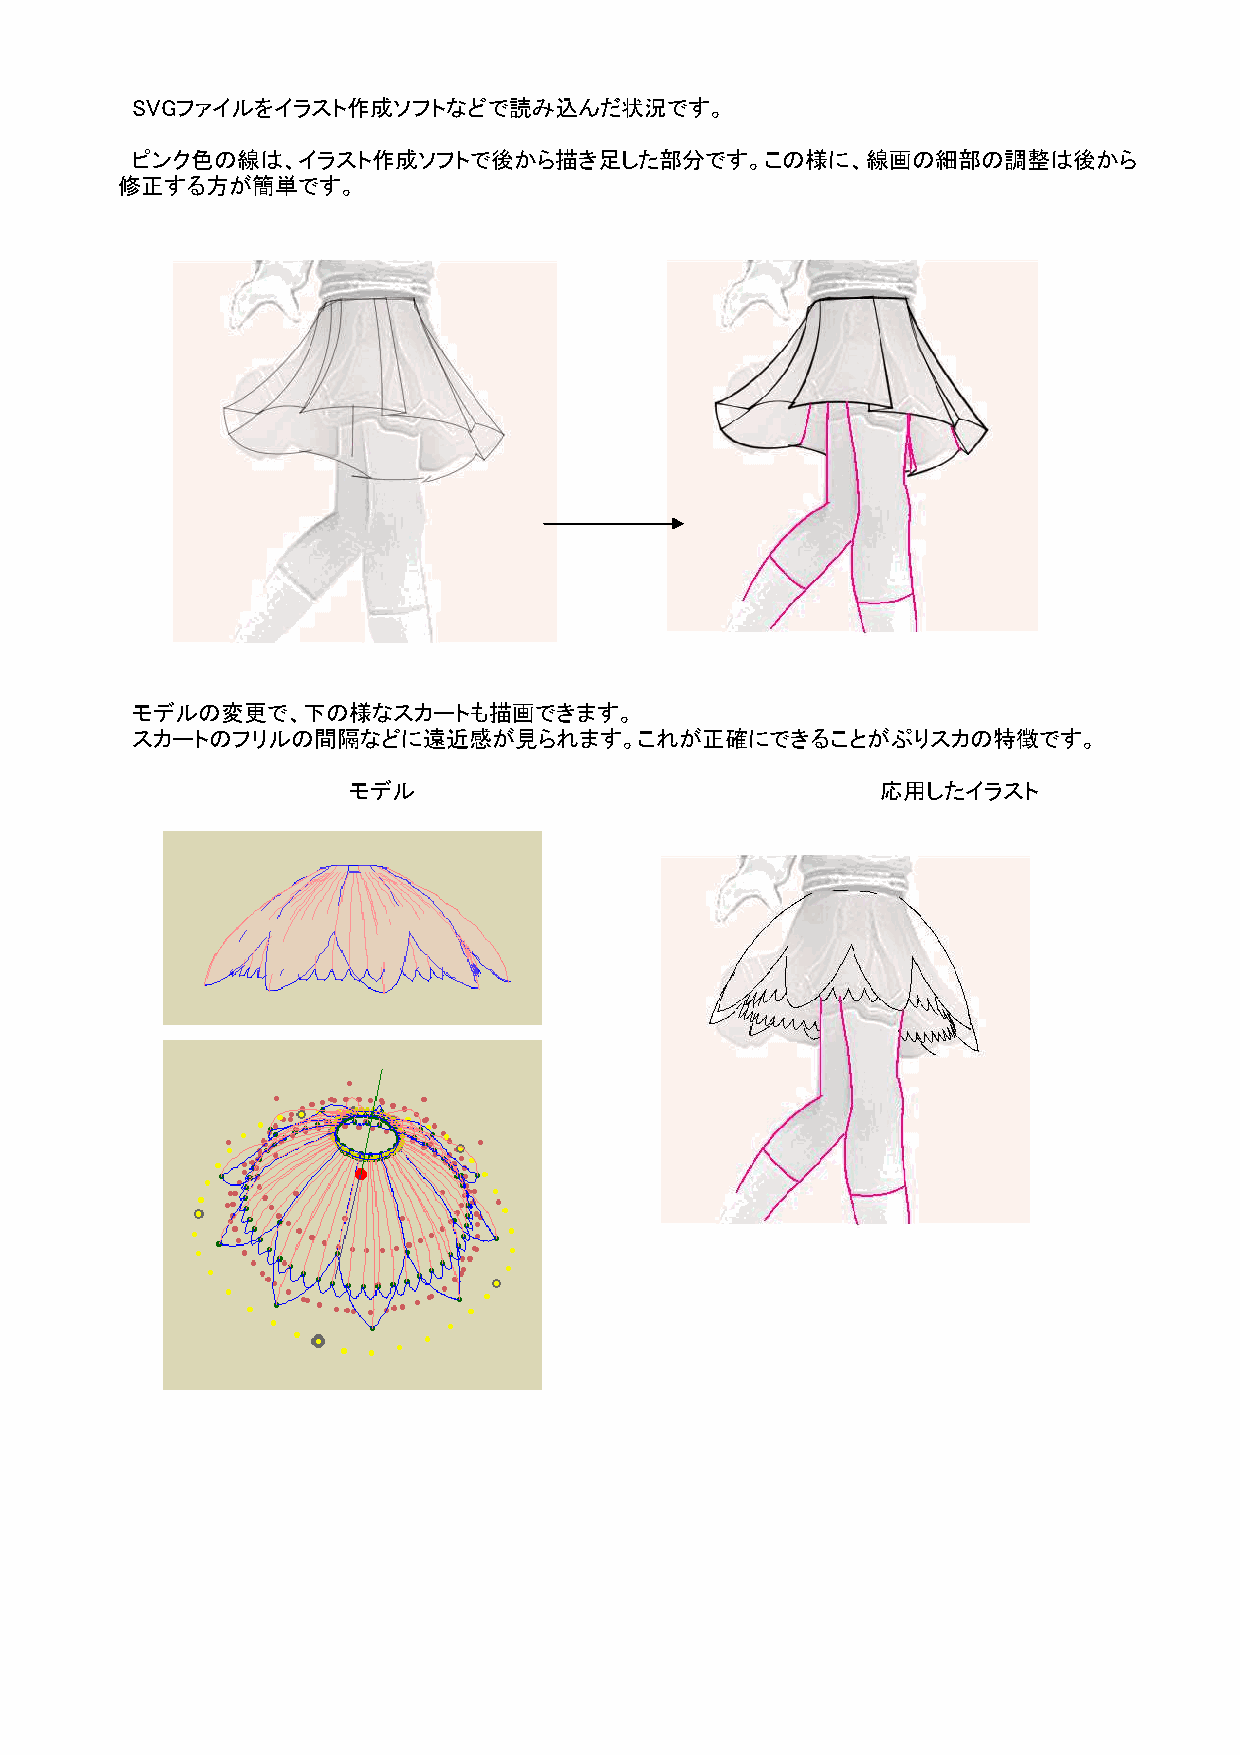
SVGファイルをイラスト作成ソフトなどで読み込んだ状況です。
 ピンク色の線は、イラスト作成ソフトで後から描き足した部分です。この様に、線画の細部の調整は後から
 修正する方が簡単です。
 モデルの変更で、下の様なスカートも描画できます。
 スカートのフリルの間隔などに遠近感が見られます。これが正確にできることがぷりスカの特徴です。
 モデル                                応用したイラスト